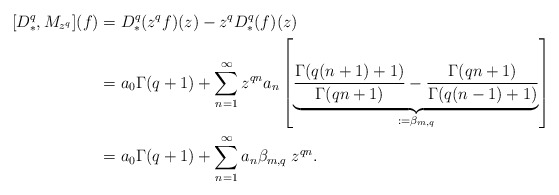
\begin{align*}[D_*^q,M_{z^q}](f)&=D^q_*(z^qf)(z)-z^qD_*^q(f)(z)\\&=a_0\Gamma(q+1)+\sum_{n=1}^{\infty}z^{qn}a_n\left[ \underbrace{\frac{\Gamma(q(n+1)+1)}{\Gamma(qn+1)}-\frac{\Gamma(qn+1)}{\Gamma(q(n-1)+1)}}_{:=\beta_{m,q}}\right]\\&=a_0\Gamma(q+1)+\sum_{n=1}^{\infty}a_n\beta_{m,q}\;z^{qn}.\end{align*}